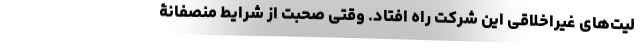
لیت‌های غیراخلاقیِ این شرکت راه افتاد. وقتی صحبت از شرایط منصفانۀ